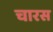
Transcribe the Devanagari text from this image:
चारस